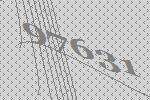
97631